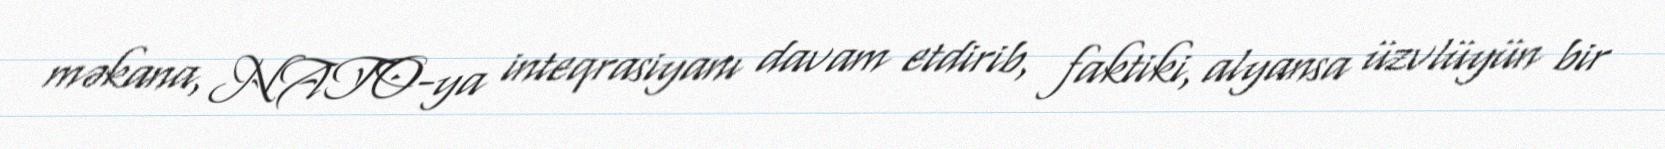
məkana, NATO-ya inteqrasiyanı davam etdirib, faktiki, alyansa üzvlüyün bir